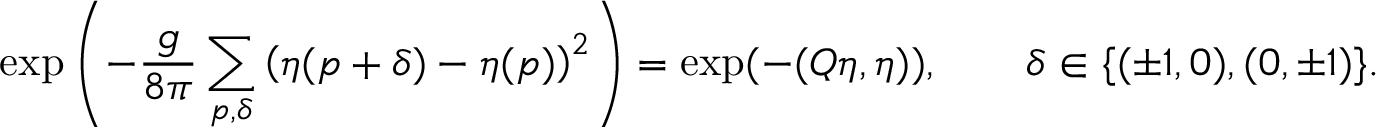
\exp \left( - \frac { g } { 8 \pi } \sum _ { p , \delta } \left( \eta ( p + \delta ) - \eta ( p ) \right) ^ { 2 } \right) = \exp ( - ( Q \eta , \eta ) ) , \qquad \delta \in \{ ( \pm 1 , 0 ) , ( 0 , \pm 1 ) \} .